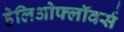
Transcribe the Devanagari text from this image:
हेलिओफ्लॉवर्स